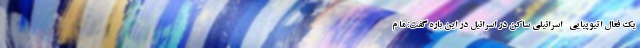
یک فعال اتیوپیایی- اسرائیلی ساکن در اسرائیل در این باره گفت: ما م